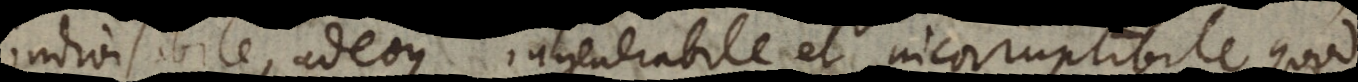
indivisibile, adeoque ingenerabile et incorruptibile, quod